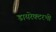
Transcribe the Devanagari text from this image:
डायरेक्टरभी